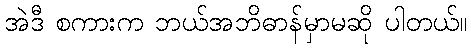
အဲဒီ စကားက ဘယ်အဘိဓာန်မှာမဆို ပါတယ်။